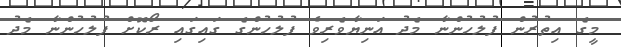
މީގެ އިތުރުން ފުލުހުންނާ މެދު އަނިޔާވެރިވެ ފުލުހުންގެ ގައިގައި ރޯކޮށް ފުލުހުންނާ މެދު